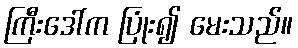
ကြီးဒေါ်က ပြုံး၍ မေးသည်။